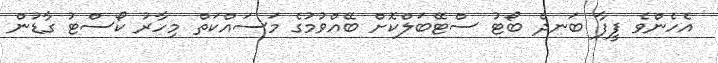
އެހެންވެ ފީފާ ބަނދެ ބޯޓު ސްޓޭބަލްކޮށް ބޭއްވުމުގެ މަސައްކަތް މިހާރު ކޯސްޓު ގާޑުން